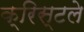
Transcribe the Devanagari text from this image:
क्रिस्टले